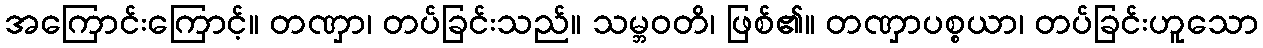
အကြောင်းကြောင့်။ တဏှာ၊ တပ်ခြင်းသည်။ သမ္ဘဝတိ၊ ဖြစ်၏။ တဏှာပစ္စယာ၊ တပ်ခြင်းဟူသော